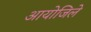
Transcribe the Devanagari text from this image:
आयोजिले